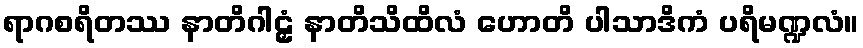
ရာဂစရိတဿ နာတိဂါဠှံ နာတိသိထိလံ ဟောတိ ပါသာဒိကံ ပရိမဏ္ဍလံ။